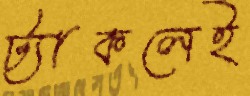
ট্যাকলেই